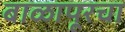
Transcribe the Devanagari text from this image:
बाळापूरचा